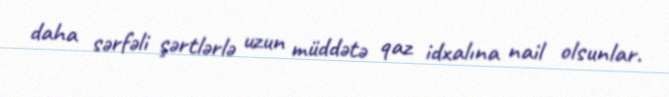
daha sərfəli şərtlərlə uzun müddətə qaz idxalına nail olsunlar.